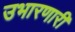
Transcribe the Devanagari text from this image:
उभारणारी